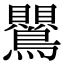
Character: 鸎